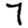
Digit: 7